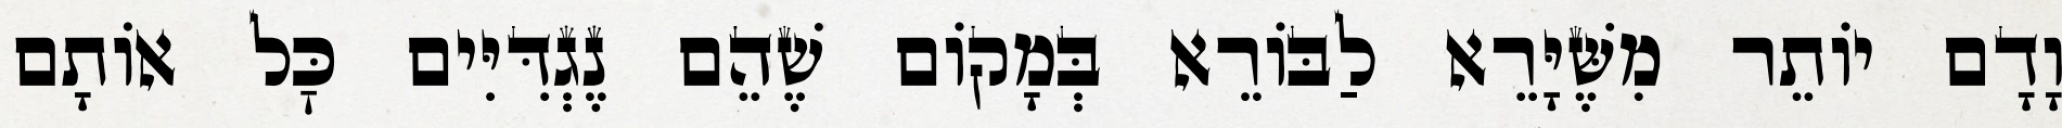
וָדָם יוֹתֵר מִשֶּׁיָּרֵא לַבּוֹרֵא בְּמָקוֹם שֶׁהֵם נֶגְדִּיִּים כׇּל אוֹתָם